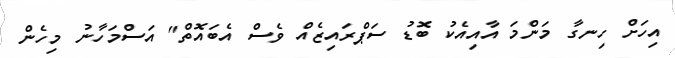
އިހަށް ހިނގާ މަންމަ އާއިއެކު ބޮޑު ސަޕްރައިޒެއް ވެސް އެބައޮތް" އަސްމަހާނު މިހެން